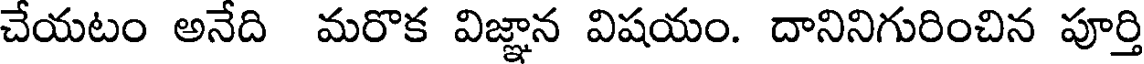
చేయటం అనేది మరొక విజ్ఞాన విషయం. దానినిగురించిన పూర్తి